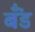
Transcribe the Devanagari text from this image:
बॅँंड